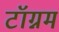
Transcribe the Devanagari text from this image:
टॉग्नम